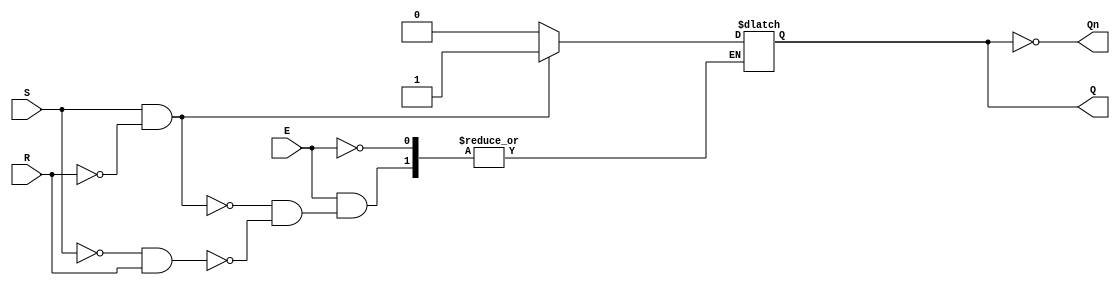
module GatedSRLatch (
    input wire S,    // Set input
    input wire R,    // Reset input
    input wire E,    // Enable input
    output reg Q,    // Output Q
    output wire Qn   // Output Q'
);

    assign Qn = ~Q;  // Q' is the inverse of Q

    always @(E or S or R) begin
        if (E) begin
            if (S && !R) begin
                Q <= 1'b1;  // Set the latch
            end
            else if (!S && R) begin
                Q <= 1'b0;  // Reset the latch
            end
            // If both S and R are 0, maintain previous state
        end
        // If E is low, maintain previous state (do nothing)
    end

    // Optional: Initialization to a known state (e.g., Q = 0)
    initial begin
        Q = 1'b0; // Initial state
    end

endmodule